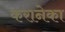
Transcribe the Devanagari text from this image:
करानेका